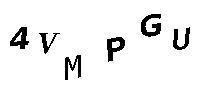
4VMPGU